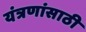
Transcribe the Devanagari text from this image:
यंत्रणांसाठी